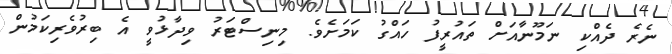
ނެރެ ދެއްކި ނަމޫނާއަށް ތައުރީފު ހައްގު ކަމަށެވެ. މިނިސްޓަރު ވިދާޅުވީ އެ ބިރުވެރިކަމުން